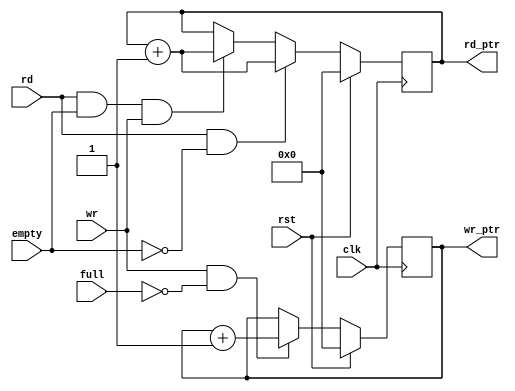
`timescale 1ns/1ns
module pointer #(parameter M=5, N=5)
	(input clk, rst, rd, wr, empty, full, output reg [M-1:0] rd_ptr, wr_ptr);

// increase wr_ptr when "wr"
always @(posedge clk) begin
	if (rst) begin
		wr_ptr <= 0;
	end
	else begin
		if ((wr==1)&&(!full)) wr_ptr <= wr_ptr + 1;
		else wr_ptr <= wr_ptr ; end
end

//increase rd_ptr when "rd"
always @(posedge clk) begin
	if (rst) begin
		rd_ptr <= 0;
	end
	else begin
		if ((rd==1)&&(!empty)) rd_ptr <= rd_ptr + 1;
		else if ((rd==1)&&(empty)&&(wr==1)) rd_ptr <= rd_ptr + 1;
		else rd_ptr <= rd_ptr; end
end
endmodule